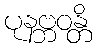
ပုနဗ္ဘဝန္တိ